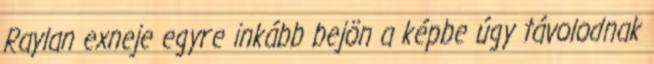
Raylan exneje egyre inkább bejön a képbe úgy távolodnak